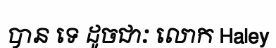
បាន ទេ ដូចជាៈ លោក Haley